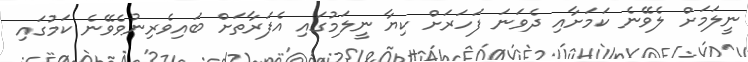
ނީލަމަށް ލެވޭނެ ކަމަށާއި ދެވަނަ ފަހަރަށް ކިޔާ ނީލަމުގައި އެފަރާތަށް ބައިވެރިނުވެވޭނެ ކަމުގައި